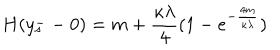
H ( y _ { s } ^ { - } - 0 ) = m + \frac { \kappa \lambda } { 4 } ( 1 - e ^ { - \frac { 4 m } { \kappa \lambda } } )